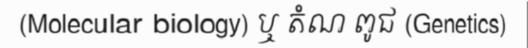
(Molecular biology) ឬ តំណ ពូជ (Genetics)